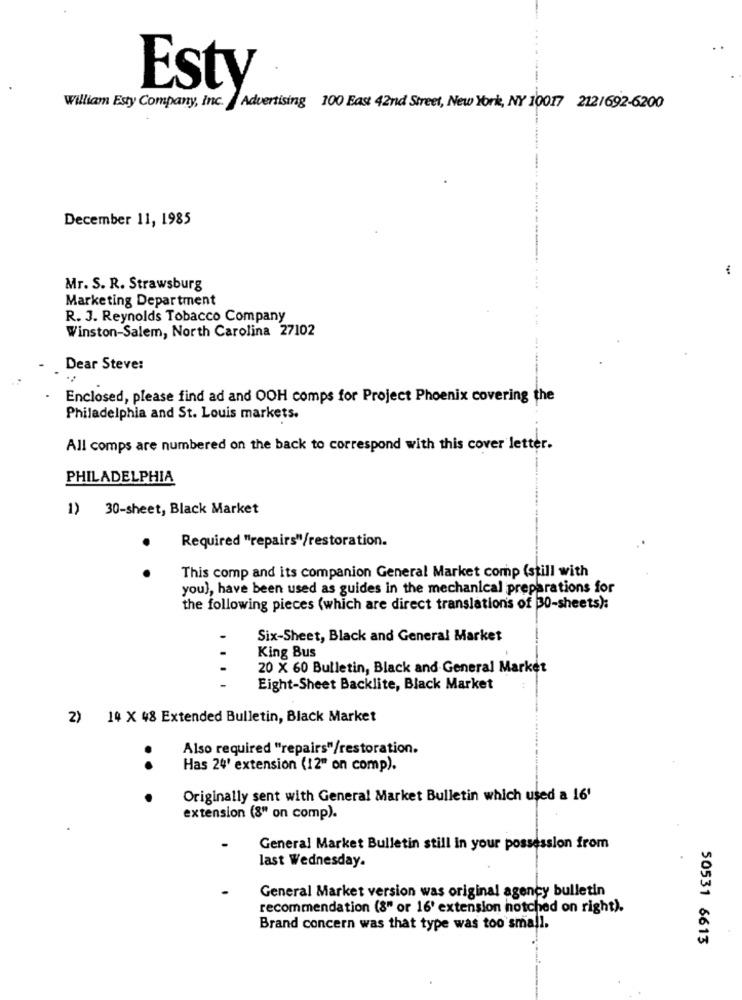
Esty
William Esty Company, Inc. Advertising 100 East 42nd Street, New York, NY 10017 212/692-6200
December 11, 1985
Mr. S. R. Strawsburg
Marketing Department
R. J. Reynolds Tobacco Company
Winston-Salem, North Carolina 27102
Dear Steve:
Enclosed, please find ad and OOH comps for Project Phoenix covering the
Philadelphia and St. Louis markets.
All comps are numbered on the back to correspond with this cover letter.
PHILADELPHIA
1) 30-sheet, Black Market
Required "repairs"/restoration.
.
.
This comp and its companion General Market comp (still with
you), have been used as guides in the mechanical preparations for
the following pieces (which are direct translations of 30-sheets):
Six-Sheet, Black and General Market
King Bus
20 X 60 Bulletin, Black and General Market
....
Eight-Sheet Backlite, Black Market
2) 14 X 48 Extended Bulletin, Black Market
Also required "repairs"/restoration.
Has 24' extension (12" on comp).
.. .
Originally sent with General Market Bulletin which used a 16'
extension (8" on comp).
General Market Bulletin still in your possession from
last Wednesday.
General Market version was original agency bulletin
recommendation (8" or 16' extension notched on right).
Brand concern was that type was too small.
50531 6613